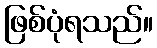
ဖြစ်ပုံရသည်။